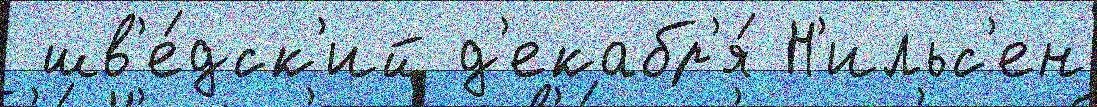
 шв'е́дск'ий д'екабр'я́ Н'ильс'ен